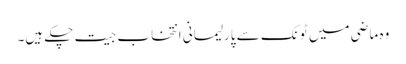
وہ ماضی میں ٹونک سے پارلیمانی انتخاب جیت چکے ہیں۔